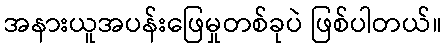
အနားယူအပန်းဖြေမှုတစ်ခုပဲ ဖြစ်ပါတယ်။